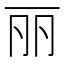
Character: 丽